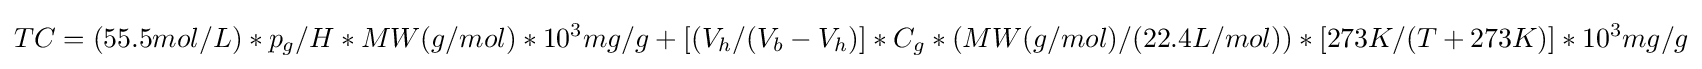
TC=(55.5mol/L)*p_{g}/H*MW(g/mol)*10^{3}mg/g+\lbrack (V_{h}/(V_{b}-V_{h})\rbrack *C_{g}*(MW(g/mol)/(22.4L/mol))*\lbrack 273K/(T+273K)\rbrack *10^{3}mg/g